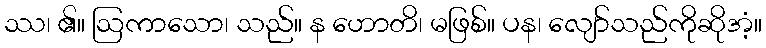
ဿ၊ ၏။ ဩကာသော၊ သည်။ န ဟောတိ၊ မဖြစ်။ ပန၊ လျော်သည်ကိုဆိုအံ့။